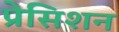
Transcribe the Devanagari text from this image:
प्रेसिशन